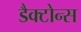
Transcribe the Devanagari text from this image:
डैक्टोन्स